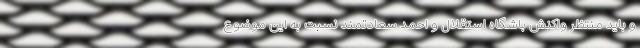
و باید منتظر واکنش باشگاه استقلال و احمد سعادتمند نسبت به این موضوع